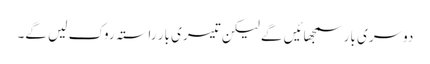
دوسری بار سمجھائیں گے لیکن تیسری بار راستہ روک لیں گے۔